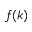
f ( k )